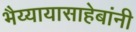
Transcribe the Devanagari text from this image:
भैय्यायासाहेबांनी